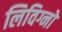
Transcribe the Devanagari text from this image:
लिविग्नो